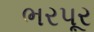
ભરપૂર